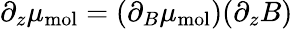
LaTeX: \partial_{z}\mu_{\mathrm{mol}}=(\partial_{B}\mu_{\mathrm{mol}})(\partial_{z}B)